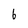
Character: 6